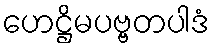
ဟေဋ္ဌိမပဗ္ဗတပါဒံ